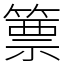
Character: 篻